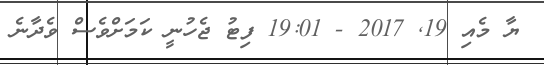
ޔާ މެއި 19